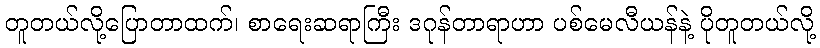
တူတယ်လို့ပြောတာထက်၊ စာရေးဆရာကြီး ဒဂုန်တာရာဟာ ပစ်မေလီယန်နဲ့ ပိုတူတယ်လို့